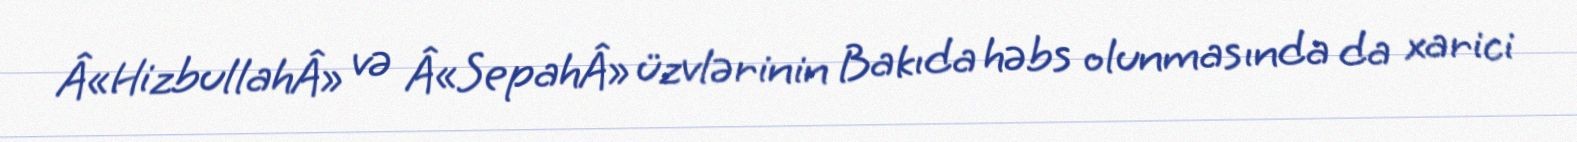
Â«HizbullahÂ» və Â«SepahÂ» üzvlərinin Bakıda həbs olunmasında da xarici